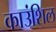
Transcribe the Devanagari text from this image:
काउंशिल